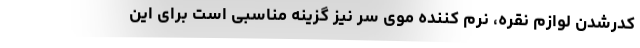
کدرشدن لوازم نقره، نرم کننده موی سر نیز گزینه مناسبی است برای این